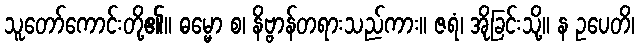
သူတော်ကောင်းတို့၏။ ဓမ္မော စ၊ နိဗ္ဗာန်တရားသည်ကား။ ဇရံ၊ အိုခြင်းသို့။ န ဥပေတိ၊